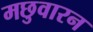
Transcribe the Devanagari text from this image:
मछुवारन